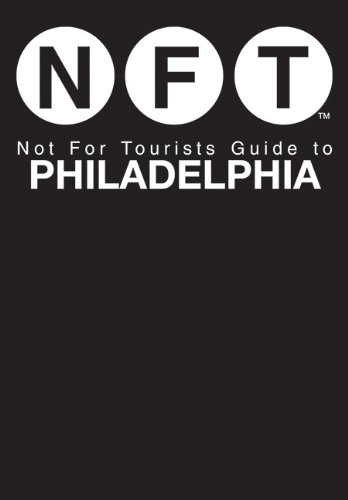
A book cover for Not For Tourists Guide to Philadelphia (Not for Tourists Guidebook); Not For Tourists; Travel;